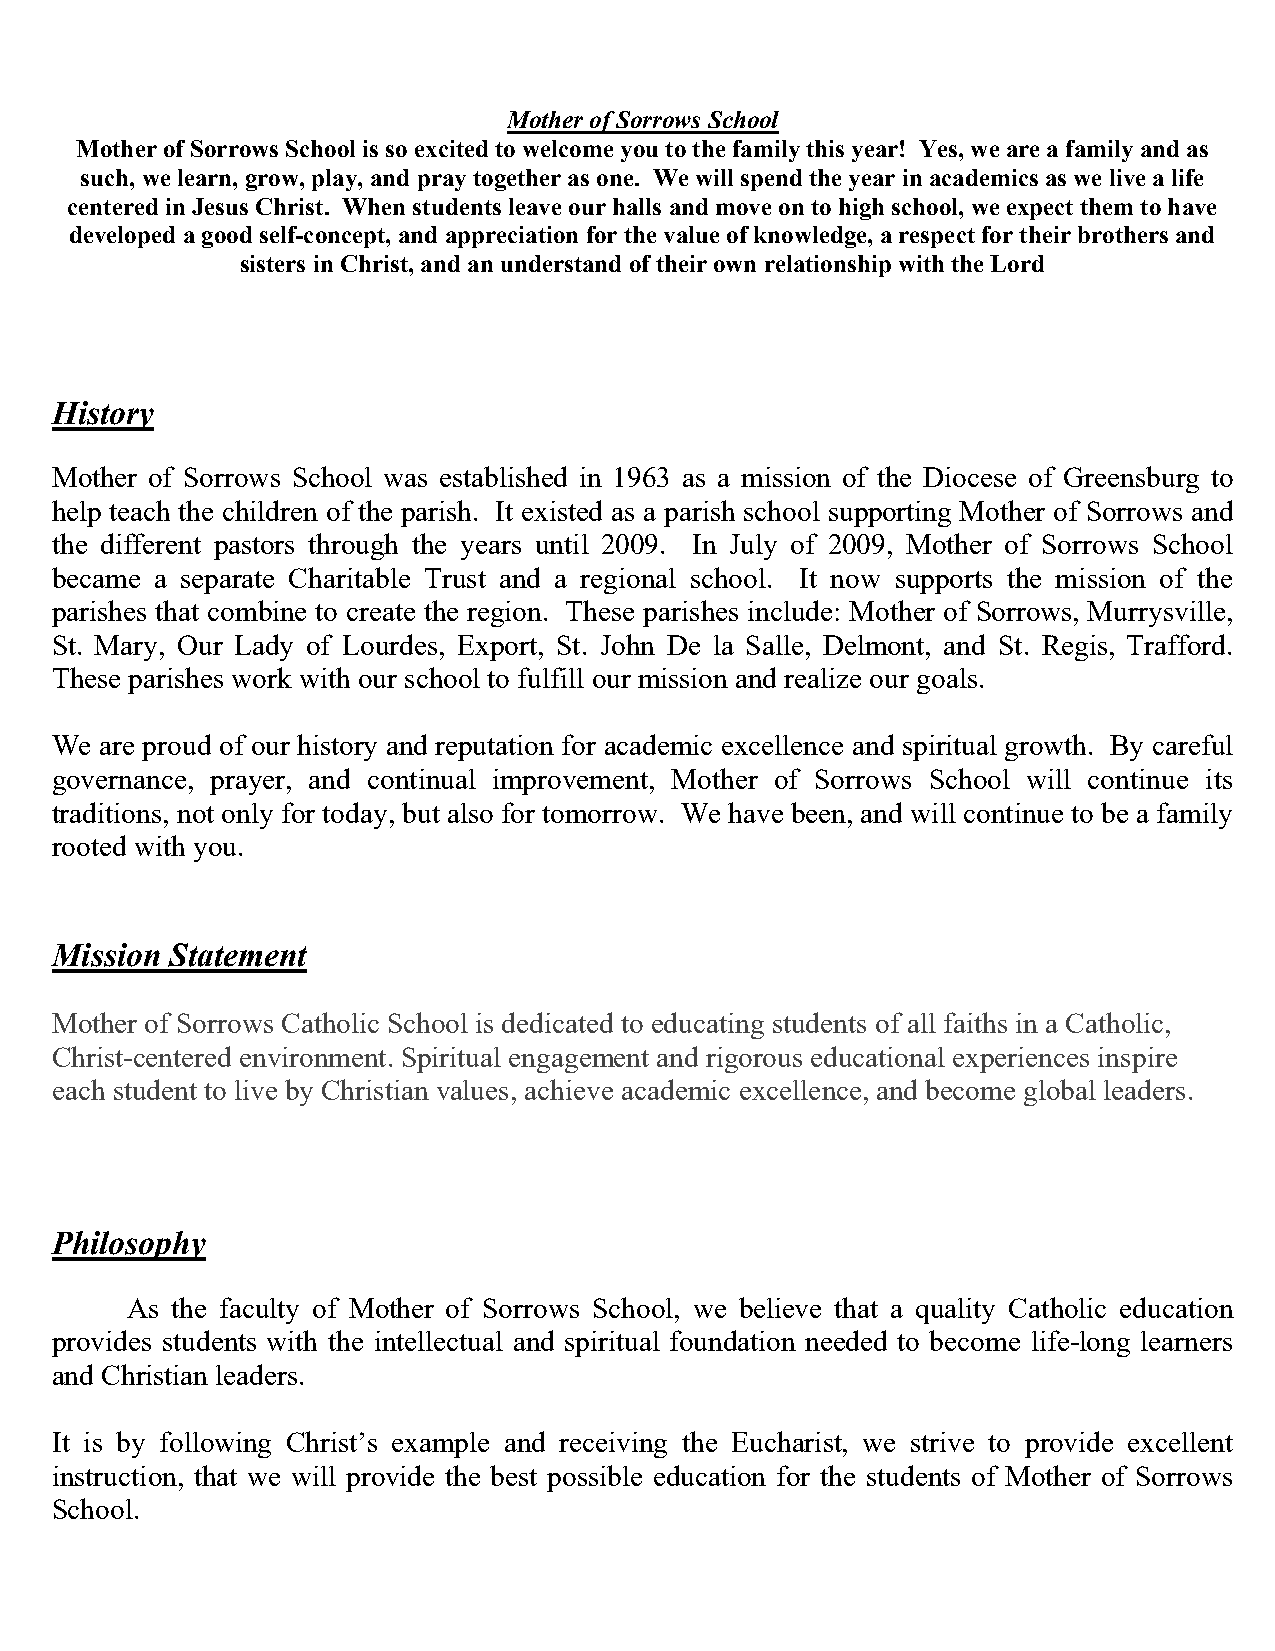
Mother of Sorrows School
 Mother of Sorrows School is so excited to welcome you to the family this year! Yes, we are a family and as
 such, we learn, grow, play, and pray together as one. We will spend the year in academics as we live a life
 centered in Jesus Christ. When students leave our halls and move on to high school, we expect them to have
 developed a good self-concept, and appreciation for the value of knowledge, a respect for their brothers and
 sisters in Christ, and an understand of their own relationship with the Lord
 History
 Mother of Sorrows School was established in 1963 as a mission of the Diocese of Greensburg to
 help teach the children of the parish. It existed as a parish school supporting Mother of Sorrows and
 the different pastors through the years until 2009. In July of 2009, Mother of Sorrows School
 became a separate Charitable Trust and a regional school. It now supports the mission of the
 parishes that combine to create the region. These parishes include: Mother of Sorrows, Murrysville,
 St. Mary, Our Lady of Lourdes, Export, St. John De la Salle, Delmont, and St. Regis, Trafford.
 These parishes work with our school to fulfill our mission and realize our goals.
 We  are proud of our history and reputation for academic excellence and spiritual growth. By careful
 governance, prayer, and continual improvement, Mother of Sorrows School will continue its
 traditions, not only for today, but also for tomorrow. We have been, and will continue to be a family
 rooted with you.
 Mission Statement
 Mother of Sorrows Catholic School is dedicated to educating students of all faiths in a Catholic,
 Christ-centered environment. Spiritual engagement and rigorous educational experiences inspire
 each student to live by Christian values, achieve academic excellence, and become global leaders.
 Philosophy
 As the faculty of Mother of Sorrows School, we believe that a quality Catholic education
 provides students with the intellectual and spiritual foundation needed to become life-long learners
 and Christian leaders.
 It is by following Christ’s example and receiving the Eucharist, we strive to provide excellent
 instruction, that we will provide the best possible education for the students of Mother of Sorrows
 School.